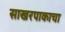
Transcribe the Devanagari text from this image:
साखरपाकाचा